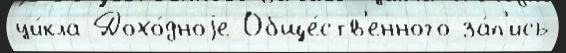
ци́кла Дохо́дноjе Обще́ств'енного за́п'ись